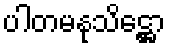
ပါတမနုသိဋ္ဌော